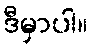
ဒီမှာပါ။